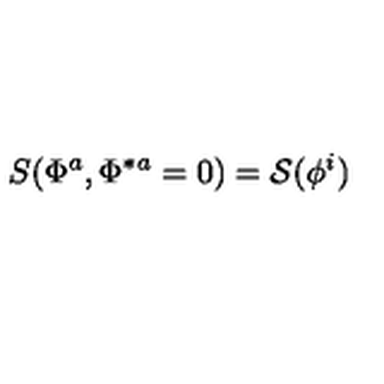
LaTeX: S ( \Phi ^ { a } , \Phi ^ { \ast a } = 0 ) = { \cal S } ( \phi ^ { i } )